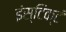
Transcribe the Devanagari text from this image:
इंस्टिक्टं